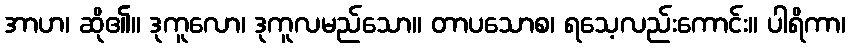
အာဟ၊ ဆို၏။ ဒုကူလော၊ ဒုကူလမည်သော။ တာပသောစ၊ ရသေ့လည်းကောင်း။ ပါရိကာ၊